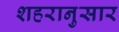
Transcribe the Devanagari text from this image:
शहरानुसार